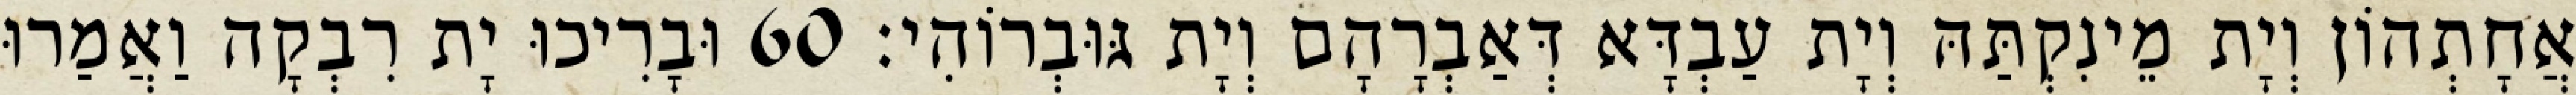
אֲחָתְהוֹן וְיָת מֵינִקְתַּהּ וְיָת עַבְדָּא דְּאַבְרָהָם וְיָת גּוּבְרוֹהִי׃ 60 וּבָרִיכוּ יָת רִבְקָה וַאֲמַרוּ